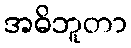
အဓိဘူတာ